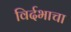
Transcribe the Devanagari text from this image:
विर्दभाचा